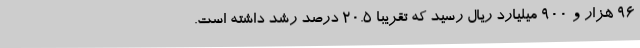
96 هزار و 900 میلیارد ریال رسید که تقریبا 20.5 درصد رشد داشته است.